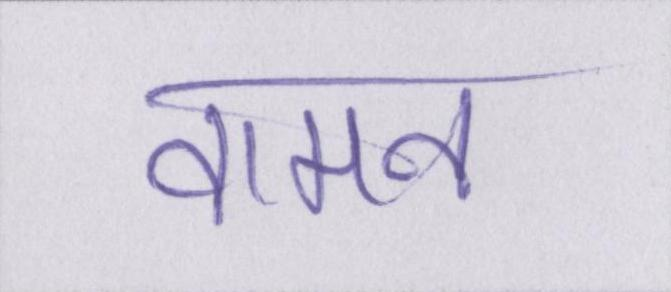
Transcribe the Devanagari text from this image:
वामन